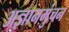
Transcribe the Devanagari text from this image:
अज्ञानमुंचन